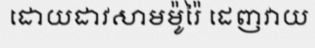
ដោយដាវសាមម៉ូរ៉ៃ ដេញវាយ